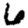
Digit: 6